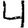
Digit: 4